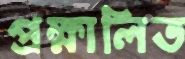
প্রক্ষালিত